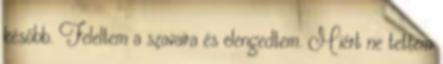
később. Feleltem a szavaira és elengedtem. Miért ne tettem